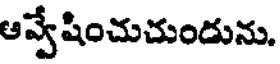
ఆవ్వేషించుచుందును.